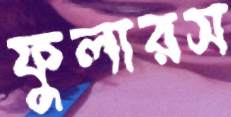
ফুলারস